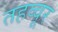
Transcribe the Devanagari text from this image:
तहव्वूर